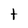
Character: t